Annual administration report of the Civil Veterinary Department of India - 1896-1897
Year: 1896
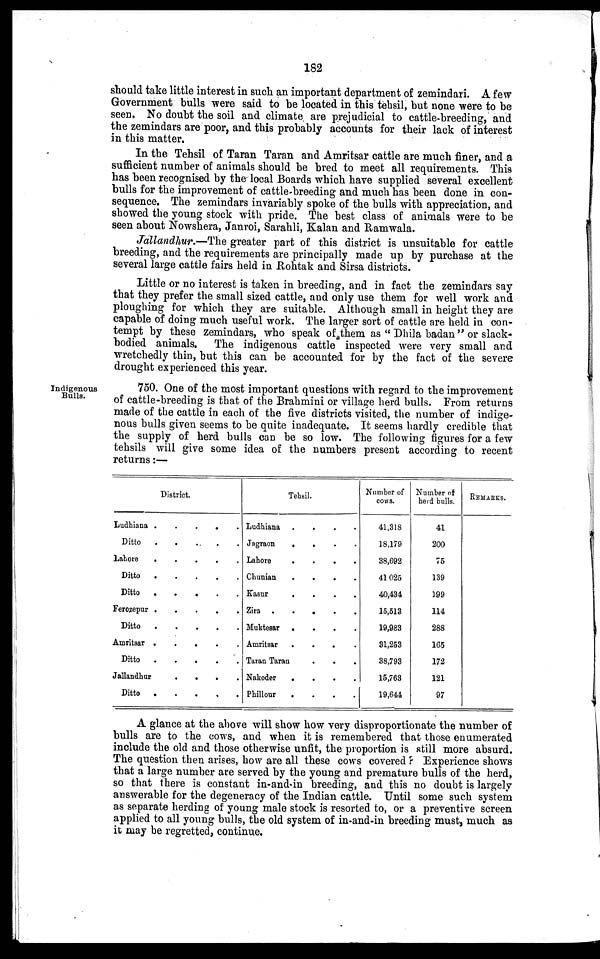
182
should take little interest in such an important department of zemindari. A few
Government bulls were said to be located in this tehsil, but none were to be
seen. No doubt the soil and climate are prejudicial to cattle-breeding, and
the zemindars are poor, and this probably accounts for their lack of interest
in this matter.
In the Tehsil of Taran Taran and Amritsar cattle are much finer, and a
sufficient number of animals should be bred to meet all requirements. This
has been recognised by the local Boards which have supplied several excellent
bulls for the improvement of cattle breeding and much has been done in con-
sequence. The zemindars invariably spoke of the bulls with appreciation, and
showed the young stock with pride. The best class of animals were to be
seen about Nowshera, Janroi, Sarahli, Kalan and Ramwala.
Jallandhur.—The greater part of this district is unsuitable for cattle
breeding, and the requirements are principally made up by purchase at the
several large cattle fairs held in Rohtak and Sirsa districts.
Little or no interest is taken in breeding, and in fact the zemindars say
that they prefer the small sized cattle, and only use them for well work and
ploughing for which they are suitable. Although small in height they are
capable of doing much useful work. The larger sort of cattle are held in con-
tempt by these zemindars, who speak of them as " Dhila badan " or slack-
bodied animals. The indigenous cattle inspected were very small and
wretchedly thin, but this can be accounted for by the fact of the severe
drought experienced this year.
Indigenous
Bulls.
750. One of the most important questions with regard to the improvement
of cattle-breeding is that of the Brahmini or village herd bulls. From returns
made of the cattle in each of the five districts visited, the number of indige-
nous bulls given seems to be quite inadequate. It seems hardly credible that
the supply of herd bulls can be so low. The following figures for a few
tehsils will give some idea of the numbers present according to recent
returns:—
District.
Ludhiana . . . . .
Ditto . . . . .
Lahore . . . . .
Ditto . . . . .
Ditto
.
.
.
.
.
Ferozepur
.
.
.
.
.
Ditto . . . . .
Amritsar
.
.
.
.
.
Ditto
.
.
.
.
.
Jallandhur
.
.
.
.
.
Ditto . . . . .
Tehsil.
Ludhiana . . . .
Jagraon . . . .
Lahore . . . .
Chunian . . . .
Kasur . . . .
Zira
.
.
.
.
.
Muktesar . . . .
Amritsar . . . .
Taran Taran
.
.
.
Nakoder . . . .
Phillour . . . .
Number of
cows.
41,318
18,179
38,692
41,025
40,434
15,513
19,983
31,253
38,793
15,763
19,644
Number of
herd bulls.
41
200
75
139
199
114
288
165
172
121
97
REMARKS.
A glance at the above will show how very disproportionate the number of
bulls are to the cows, and when it is remembered that those enumerated
include the old and those otherwise unfit, the proportion is still more absurd.
The question then arises, how are all these cows covered ? Experience shows
that a large number are served by the young and premature bulls of the herd,
so that there is constant in-and-in breeding, and this no doubt is largely
answerable for the degeneracy of the Indian cattle. Until some such system
as separate herding of young male stock is resorted to, or a preventive screen
applied to all young bulls, the old system of in-and-in breeding must, much as
it may be regretted, continue.